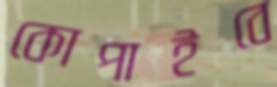
কোপাইবে